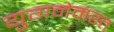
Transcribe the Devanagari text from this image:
युगनेमस्त